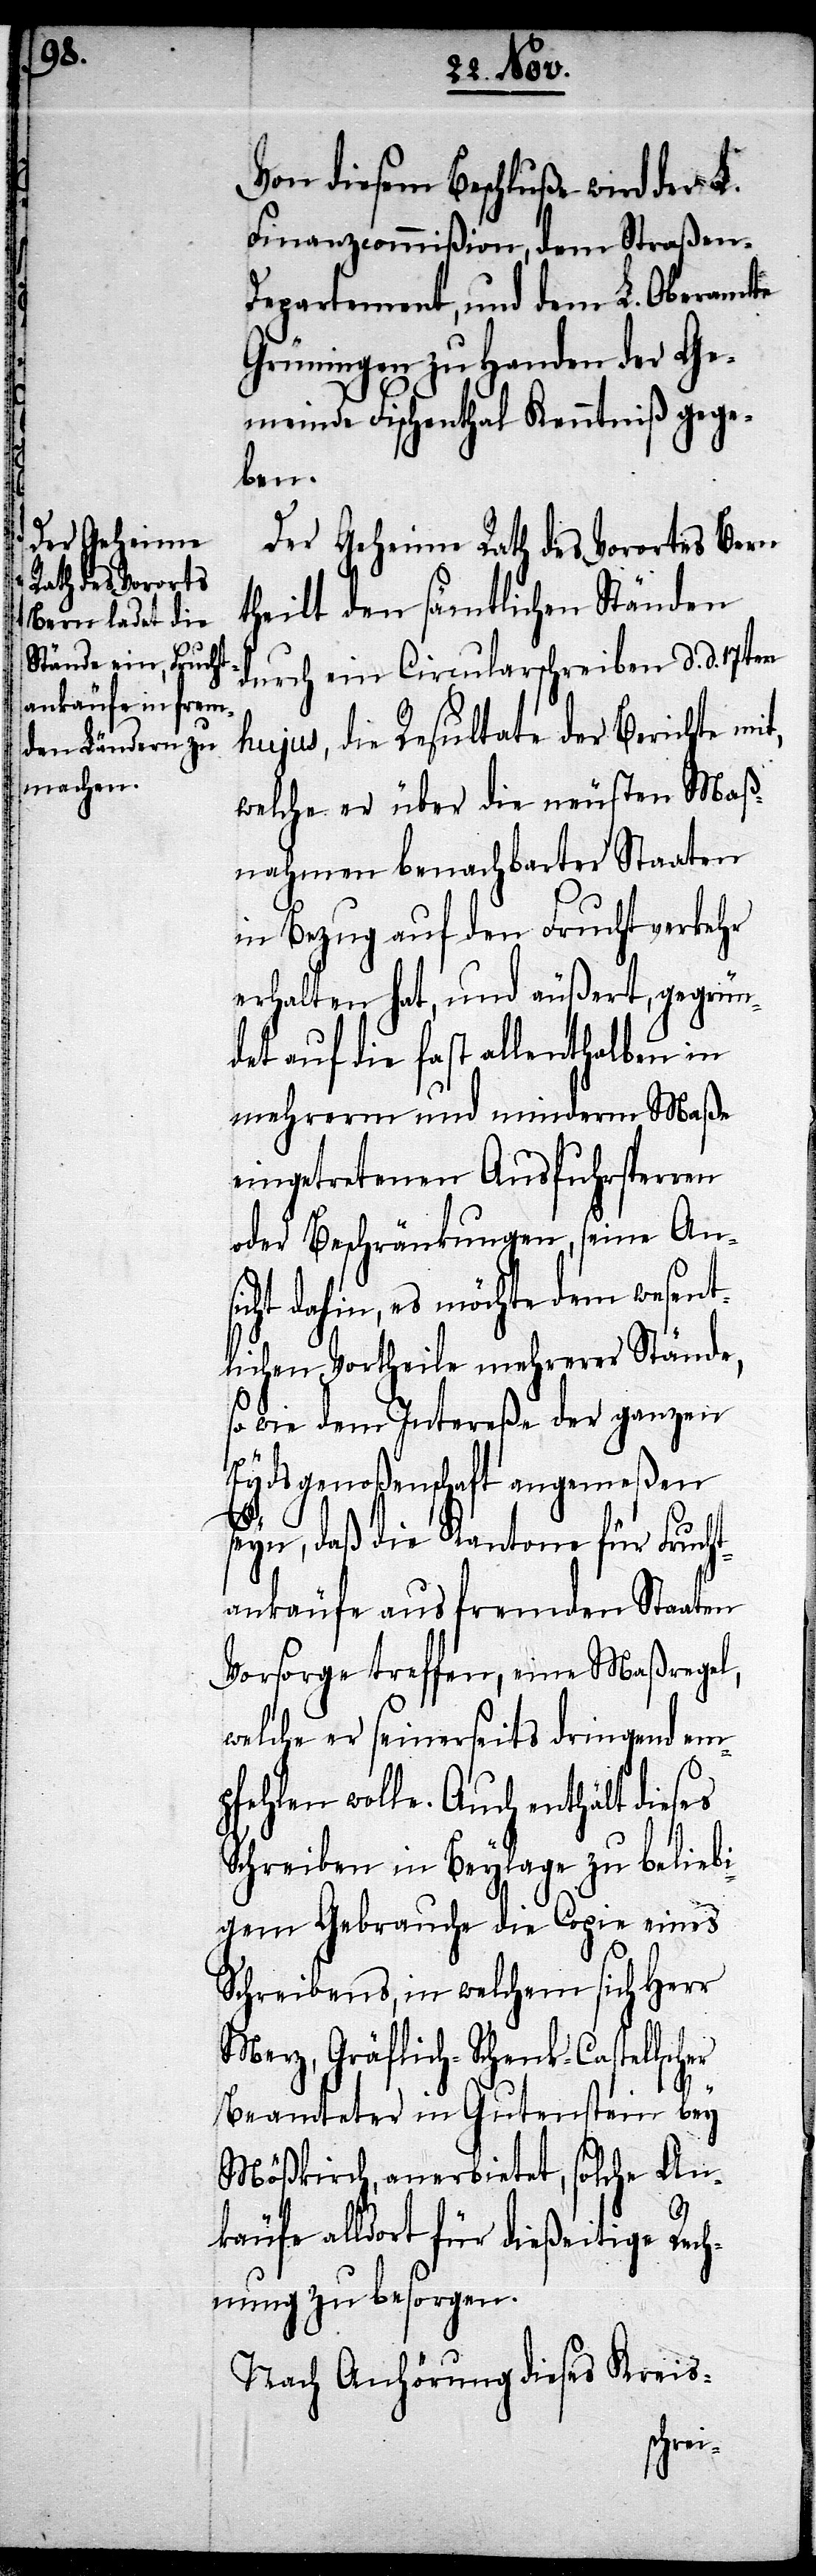
Der Geheime Rath des Vorortes Bern
theilt den sämtlichen Ständen
durch ein Circularschreiben d. d. 17ten
hujus, die Resultate der Berichte mit,
welche er über die neuesten Maß¬
nahmen benachbarter Staaten
in Bezug auf den Fruchtverkehr
erhalten hat, und äußert, gegrün¬
det auf die fast allenthalben in
mehrerm und minderm Maße
eingetretene Ausfuhrsperren
oder Beschränkungen, seine Ans¬
icht, es möchte dem wesent¬
lichen Vortheile mehrerer Stände,
so wie dem Intereße der ganzen
Eydsgenoßenschaft angemeßen
seyn, daß die Kantone für Frucht¬
ankäufe aus fremden Staaten
Vorsorge treffen, eine Maßregel,
welche er seinerseits dringend em¬
pfehlen wolle. Auch enthält dieses
Schreiben in Beylage zu beliebi¬
gem Gebrauche die Copie eines
Schreibens, in welchem sich Herr
Merz, Gräflich-Schenk-Castellscher
Beamteter in Gutenstein bey
Mößkirch, anerbietet, solche An¬
käufe alldort für dießeitige Rech¬
nung zu besorgen.
Nach Anhörung dieses Kreis-